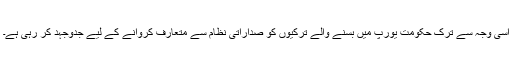
اسی وجہ سے ترک حکومت یورپ میں بسنے والے ترکیوں کو صداراتی نظام سے متعارف کروانے کے لیے جدوجہد کر رہی ہے۔